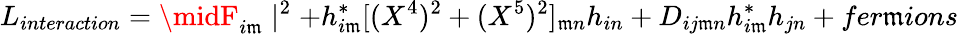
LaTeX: L_{interaction}=\midF_{i\mathfrak{m}}\mid^{2}+h_{i\mathfrak{m}}^{\ast}[(X^{4})^{2}+(X^{5})^{2}]_{\mathfrak{m}n}h_{in}+D_{ij\mathfrak{m}n}h_{i\mathfrak{m}}^{\ast}h_{jn}+fer\mathfrak{m}ions